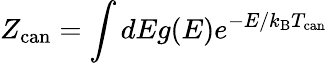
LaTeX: Z_{\mathrm{can}}=\int dEg(E)e^{-E/k_{\mathrm{B}}T_{\mathrm{can}}}